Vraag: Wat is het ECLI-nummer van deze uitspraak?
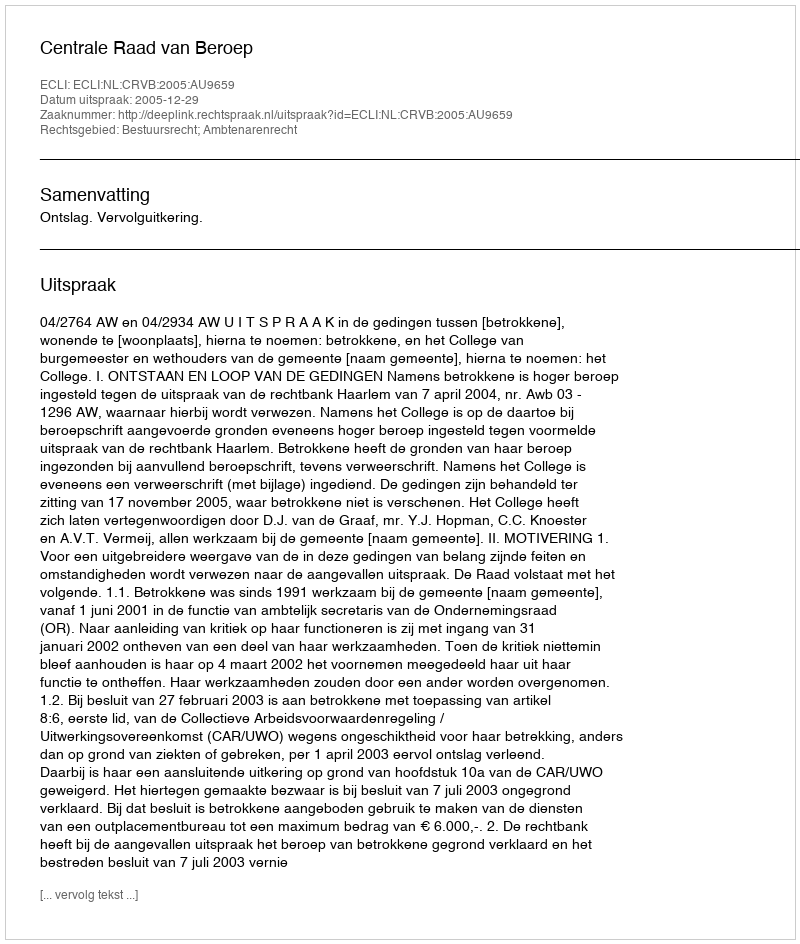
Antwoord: ECLI:NL:CRVB:2005:AU9659